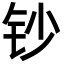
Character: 钞